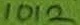
Text: 1012